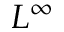
L ^ { \infty }